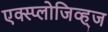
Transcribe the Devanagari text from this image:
एक्स्प्लोजिव्ह्ज